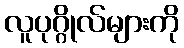
လူပုဂ္ဂိုလ်များကို